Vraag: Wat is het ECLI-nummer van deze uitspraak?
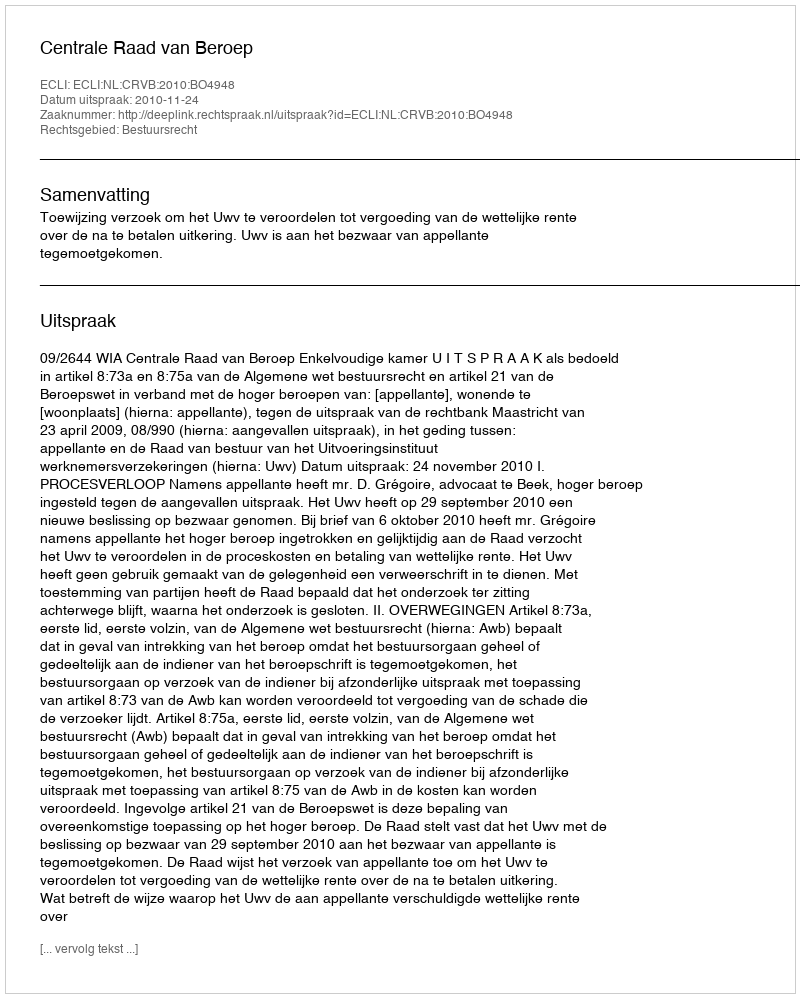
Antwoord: ECLI:NL:CRVB:2010:BO4948